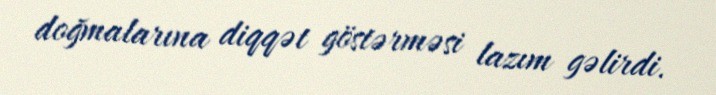
doğmalarına diqqət göstərməsi lazım gəlirdi.